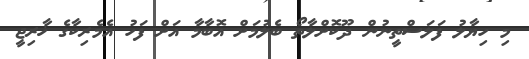
މި ހިޔާލު ފަލަސްތީނުން ދޫކޮށްލާތޯ ބެލުމަށް އޮބާމާ އަށް ފަހު އެމެރިކާގެ ޚާރިޖީ